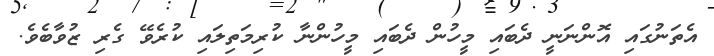
އެތަނުގައި އޮންނަނީ ދެބައި މީހުން ދެބައި މީހުންނާ ކުރިމަތިލައި ކުރެވޭ ގެރި ޒުވާބެވެ.